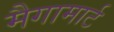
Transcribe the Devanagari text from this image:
मैगामार्ट